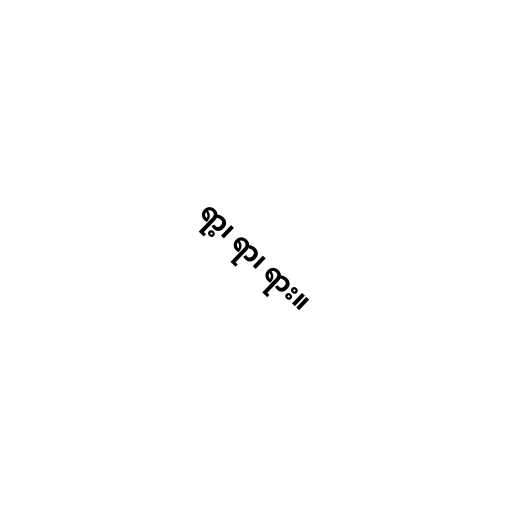
ရာ့၊ ရာ၊ ရား။